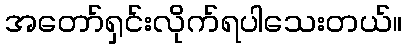
အတော်ရှင်းလိုက်ရပါသေးတယ်။